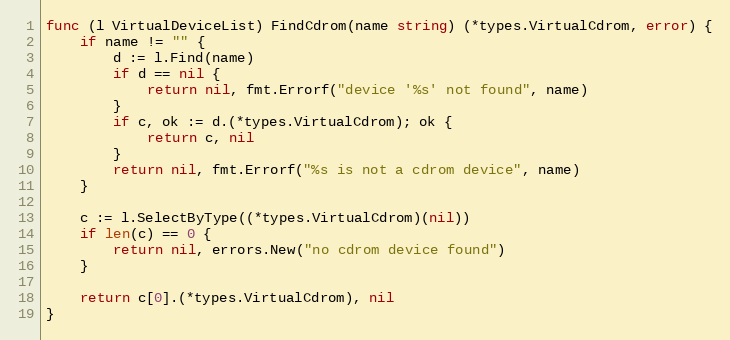
Language: Go
func (l VirtualDeviceList) FindCdrom(name string) (*types.VirtualCdrom, error) {
	if name != "" {
		d := l.Find(name)
		if d == nil {
			return nil, fmt.Errorf("device '%s' not found", name)
		}
		if c, ok := d.(*types.VirtualCdrom); ok {
			return c, nil
		}
		return nil, fmt.Errorf("%s is not a cdrom device", name)
	}

	c := l.SelectByType((*types.VirtualCdrom)(nil))
	if len(c) == 0 {
		return nil, errors.New("no cdrom device found")
	}

	return c[0].(*types.VirtualCdrom), nil
}